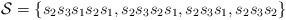
LaTeX: \begin{align*}\mathcal{S} = \{ s_2s_3s_1s_2s_1, s_2s_3s_2s_1, s_2s_3s_1, s_2s_3s_2\}\end{align*}